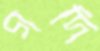
গদি